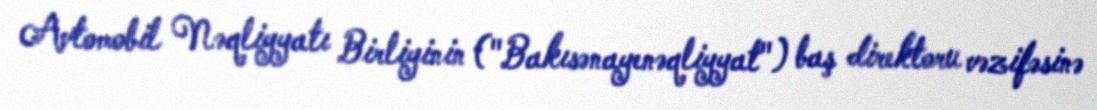
Avtomobil Nəqliyyatı Birliyinin ("Bakısənayenəqliyyat") baş direktoru vəzifəsinə